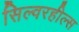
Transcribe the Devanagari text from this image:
सिल्वरहील्स